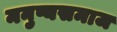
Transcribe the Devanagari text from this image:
मनुष्यसमाज